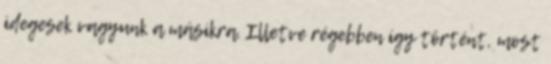
idegesek vagyunk a másikra. Illetve régebben így történt, most